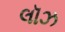
લૉઝ